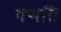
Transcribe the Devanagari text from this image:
गणति